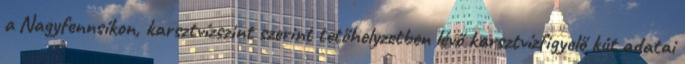
a Nagyfennsíkon, karsztvízszint szerint tetőhelyzetben lévő karsztvízfigyelő kút adatai